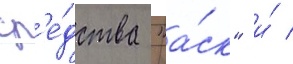
ср'е́дства "а́ск" и́ /